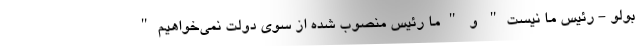
بولو - رئیس ما نیست" و "ما رئیس منصوب شده از سوی دولت نمی‌خواهیم"